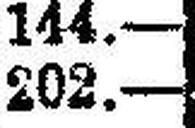
202.—